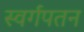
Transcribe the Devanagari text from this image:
स्वर्गपतन